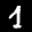
Label: 1